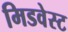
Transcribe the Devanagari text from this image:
मिडवेस्‍ट